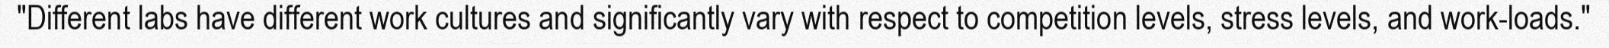
"Different labs have different work cultures and significantly vary with respect to competition levels, stress levels, and work-loads."